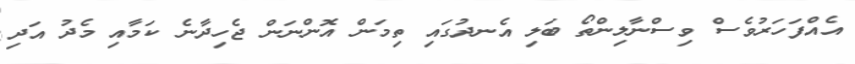
އެއްފަހަރުވެސް ވިސްނާލިންތޯ ބަލި އެނދުގައި ތިމަން އޮންނަން ޖެހިދާނެ ކަމާއި މެދު އަދި